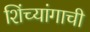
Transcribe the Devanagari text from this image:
शिंच्यांगाची